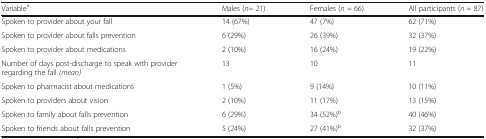
<table><thead><tr><td><b>Variable<sup>a</sup></b></td><td><b>Males (<i>n</i>= 21)</b></td><td><b>Females (<i>n</i> = 66)</b></td><td><b>All participants (<i>n</i> = 87)</b></td></tr></thead><tbody><tr><td>Spoken to provider about your fall</td><td>14 (67%)</td><td>47 (7%)</td><td>62 (71%)</td></tr><tr><td>Spoken to provider about falls prevention</td><td>6 (29%)</td><td>26 (39%)</td><td>32 (37%)</td></tr><tr><td>Spoken to provider about medications</td><td>2 (10%)</td><td>16 (24%)</td><td>19 (22%)</td></tr><tr><td>Number of days post-discharge to speak with provider regarding the fall <i>(mean)</i></td><td>13</td><td>10</td><td>11</td></tr><tr><td>Spoken to pharmacist about medications</td><td>1 (5%)</td><td>9 (14%)</td><td>10 (11%)</td></tr><tr><td>Spoken to providers about vision</td><td>2 (10%)</td><td>11 (17%)</td><td>13 (15%)</td></tr><tr><td>Spoken to family about falls prevention</td><td>6 (29%)</td><td>34 (52%)<sup>b</sup></td><td>40 (46%)</td></tr><tr><td>Spoken to friends about falls prevention</td><td>5 (24%)</td><td>27 (41%)<sup>b</sup></td><td>32 (37%)</td></tr></tbody></table>